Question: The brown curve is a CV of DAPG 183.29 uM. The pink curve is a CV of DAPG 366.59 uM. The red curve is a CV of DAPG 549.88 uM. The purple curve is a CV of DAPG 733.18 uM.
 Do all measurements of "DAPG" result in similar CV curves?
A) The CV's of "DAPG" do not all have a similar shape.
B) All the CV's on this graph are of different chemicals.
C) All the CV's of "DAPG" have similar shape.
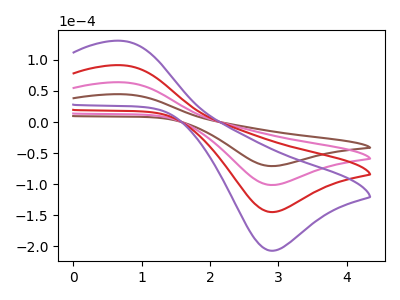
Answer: <think>The brown curve "DAPG 183.29 uM" has an anodic peak at (0.75V, 44.70uA) and a cathodic peak at (2.90V, -70.95uA). The pink curve "DAPG 366.59 uM" has an anodic peak at (0.75V, 63.90uA) and a cathodic peak at (2.90V, -101.45uA). The red curve "DAPG 549.88 uM" has an anodic peak at (0.75V, 127.85uA) and a cathodic peak at (2.90V, -202.90uA). The purple curve "DAPG 733.18 uM" has an anodic peak at (0.75V, 191.75uA) and a cathodic peak at (2.90V, -304.30uA).
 All the peaks in "DAPG 183.29 uM" have a peak in "DAPG 366.59 uM" at the same potential. Every peak in "DAPG 183.29 uM" is lower than every peak in "DAPG 366.59 uM". All the peaks in "DAPG 183.29 uM" have a peak in "DAPG 549.88 uM" at the same potential. Every peak in "DAPG 183.29 uM" is lower than every peak in "DAPG 549.88 uM". All the peaks in "DAPG 183.29 uM" have a peak in "DAPG 733.18 uM" at the same potential. Every peak in "DAPG 183.29 uM" is lower than every peak in "DAPG 733.18 uM". All the peaks in "DAPG 366.59 uM" have a peak in "DAPG 549.88 uM" at the same potential. Every peak in "DAPG 366.59 uM" is lower than every peak in "DAPG 549.88 uM". All the peaks in "DAPG 366.59 uM" have a peak in "DAPG 733.18 uM" at the same potential. Every peak in "DAPG 366.59 uM" is lower than every peak in "DAPG 733.18 uM". All the peaks in "DAPG 549.88 uM" have a peak in "DAPG 733.18 uM" at the same potential. Every peak in "DAPG 549.88 uM" is lower than every peak in "DAPG 733.18 uM".</think>
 <answer>C) All the CV's of "DAPG" have similar shape.</answer>
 <eval>C</eval>